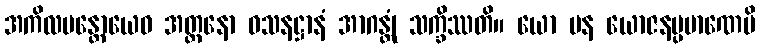
အကိလမန္တောယေဝ အတ္တနော ဝသနဋ္ဌာနံ အာဂန္တုံ သက္ခိဿတိ။ ယော ပန ယောဇနပ္ပမာဏေပိ